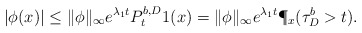
\begin{align*}| \phi (x) | \leq \| \phi\|_\infty e^{ \lambda_1 t } P^{b, D}_t 1(x)= \| \phi\|_\infty e^{ \lambda_1 t } \P_x (\tau^{b}_{D}>t).\end{align*}